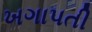
ખગાપતી